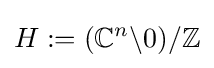
H:=({\mathbb {C} }^{n}\backslash 0)/{\mathbb {Z} }